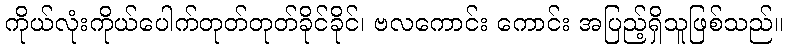
ကိုယ်လုံးကိုယ်ပေါက်တုတ်တုတ်ခိုင်ခိုင်၊ ဗလကောင်း ကောင်း အပြည့်ရှိသူဖြစ်သည်။